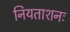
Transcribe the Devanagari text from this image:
नियताशनः